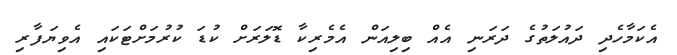
އެކަމާހެދި ދައުލަތުގެ ދަރަނި އެއް ބިލިއަން އެމެރިކާ ޑޮލަރަށް ކުޑަ ކުރުމަށްޓަކައި އެވިޔަފާރި